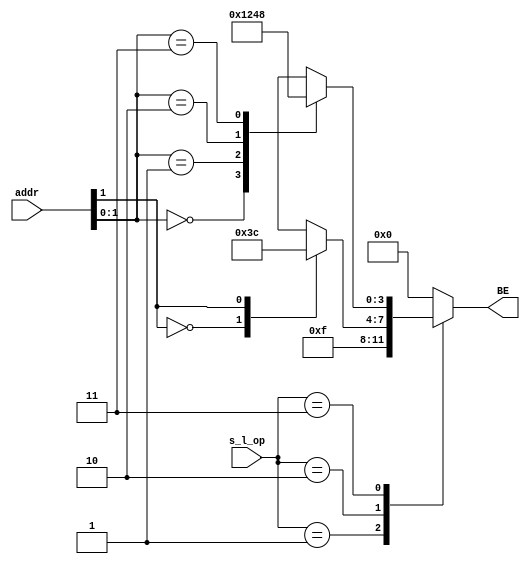
`timescale 1ns / 1ps
//////////////////////////////////////////////////////////////////////////////////
// Company: 
// Engineer: 
// 
// Design Name: 
// Module Name:    ByteEnable 
// Project Name: 
// Target Devices: 
// Tool versions: 
// Description: 
//
// Dependencies: 
//
// Revision: 
// Revision 0.01 - File Created
// Additional Comments: 
//
//////////////////////////////////////////////////////////////////////////////////
module ByteEnable(
     input[1:0] s_l_op,
	 input[31:0] addr,
	 output reg[3:0] BE
    );
    initial begin
	   BE=4'b0000;
	 end

    always@(*)begin
	   case(s_l_op)
		  2'b01:BE=4'b1111;
		  2'b10:begin
		    case(addr[1])
			    1'b0:BE=4'b0011;
				 1'b1:BE=4'b1100;
				 default:BE=4'b0011;
			 endcase
		  end
		  2'b11:begin
		     case(addr[1:0])
			    2'b00:BE=4'b0001;
				 2'b01:BE=4'b0010;
				 2'b10:BE=4'b0100;
				 2'b11:BE=4'b1000;
				 default:BE=4'b0001;
			  endcase
		  end
		  default:BE=4'b0000;
		endcase
	 end
	 
endmodule